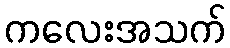
ကလေးအသက်